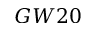
G W 2 0